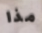
مذا